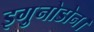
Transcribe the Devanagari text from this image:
इगु़नोडोन।